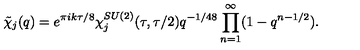
\tilde { \chi } _ { j } ( q ) = e ^ { \pi i k \tau / 8 } \chi _ { j } ^ { S U ( 2 ) } ( \tau , \tau / 2 ) q ^ { - 1 / 4 8 } \prod _ { n = 1 } ^ { \infty } ( 1 - q ^ { n - 1 / 2 } ) .